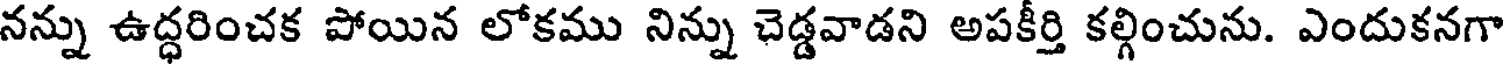
నన్ను ఉద్ధరించక పోయిన లోకము నిన్ను చెడ్డవాడని అపకీర్తి కల్గించును. ఎందుకనగా